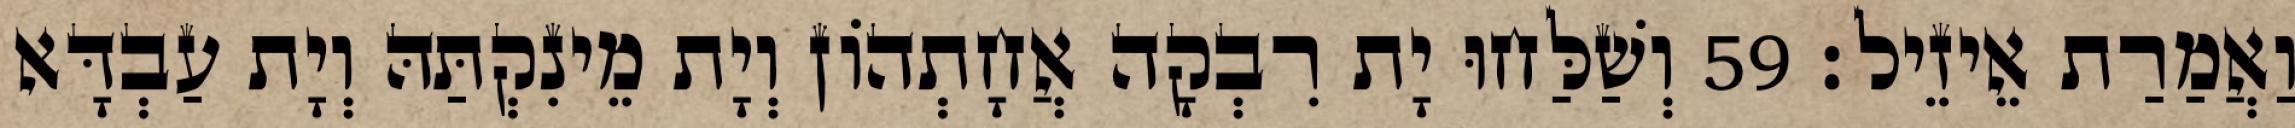
וַאֲמַרַת אֵיזֵיל׃ 59 וְשַׁלַּחוּ יָת רִבְקָה אֲחָתְהוֹן וְיָת מֵינִקְתַּהּ וְיָת עַבְדָּא